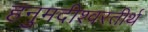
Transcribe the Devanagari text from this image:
हनुमदीश्वरतीर्थ